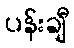
ပန်းချီ